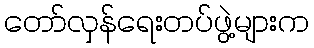
တော်လှန်ရေးတပ်ဖွဲ့များက